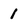
Character: 1